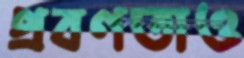
প্রবণতাও